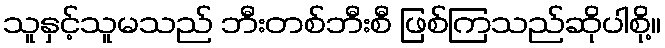
သူနှင့်သူမသည် ဘီးတစ်ဘီးစီ ဖြစ်ကြသည်ဆိုပါစို့။